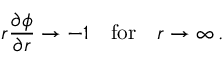
r \frac { \partial \phi } { \partial r } \rightarrow - 1 \quad \mathrm { f o r } \quad r \rightarrow \infty \, .